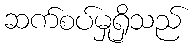
ဆက်စပ်မှုရှိသည်